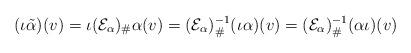
LaTeX: \begin{align*}(\iota\tilde\alpha)(v) &= \iota(\mathcal{E}_\alpha)_\#\alpha(v)=(\mathcal{E}_\alpha)_\#^{-1}(\iota\alpha)(v)=(\mathcal{E}_\alpha)_\#^{-1}(\alpha\iota)(v)\end{align*}